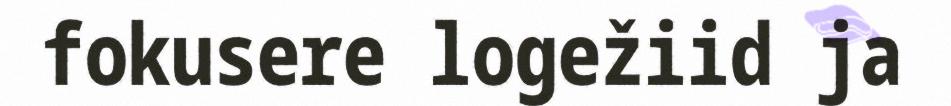
fokusere logežiid ja